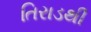
તિરાડથી